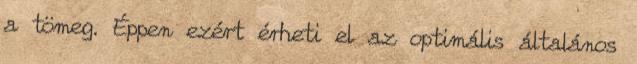
a tömeg. Éppen ezért érheti el az optimális általános